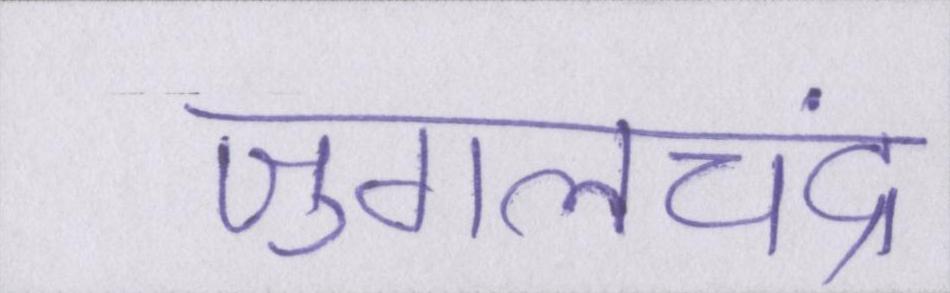
जुगलचंद्र